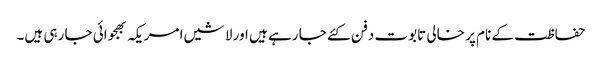
حفاظت کے نام پر خالی تابوت دفن کئے جا رہے ہیں اور لاشیں امریکہ بھجوائی جا رہی ہیں۔